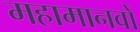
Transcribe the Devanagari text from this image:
महामानवों